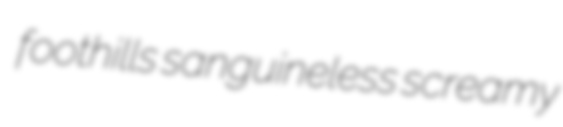
foothills sanguineless screamy